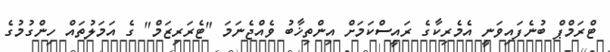
ޓްރަމްޕް ބުނެފައިވަނީ އެމެރިކާގެ ރައީސްކަމަށް އިންތިޚާބު ވެއްޖެނަމަ "ޓެރަރިޒަމް" ގެ އަމަލުތައް ހިންގުމުގެ